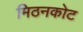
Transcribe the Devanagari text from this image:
मिठनकोट